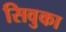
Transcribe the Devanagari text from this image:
सिवुका